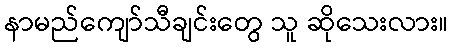
နာမည်ကျော်သီချင်းတွေ သူ ဆိုသေးလား။